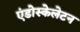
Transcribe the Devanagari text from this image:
एंडोस्केलेटन